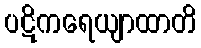
ပဋိကရေယျာထာတိ